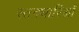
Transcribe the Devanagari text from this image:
स्तनधारिओं